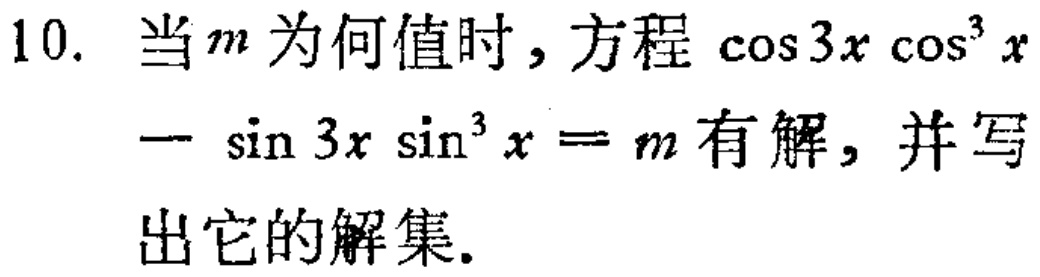
10. 当$m$为何值时，方程$\cos 3x\cos^{3}x-\sin 3x\sin^{3}x = m$有解，并写出它的解集.